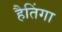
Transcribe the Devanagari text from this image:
हैतिंगा